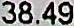
38.49